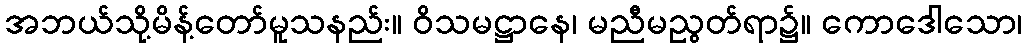
အဘယ်သို့မိန့်တော်မူသနည်း။ ဝိသမဋ္ဌာနေ၊ မညီမညွတ်ရာ၌။ ကောဒေါသော၊